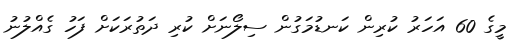
މީގެ 60 އަހަރު ކުރިން ކަނޑުމަގުން ސިލޯނަށް ކުރި ދަތުރަކަށް ފަހު ގެއްލުނު